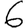
Digit: 6